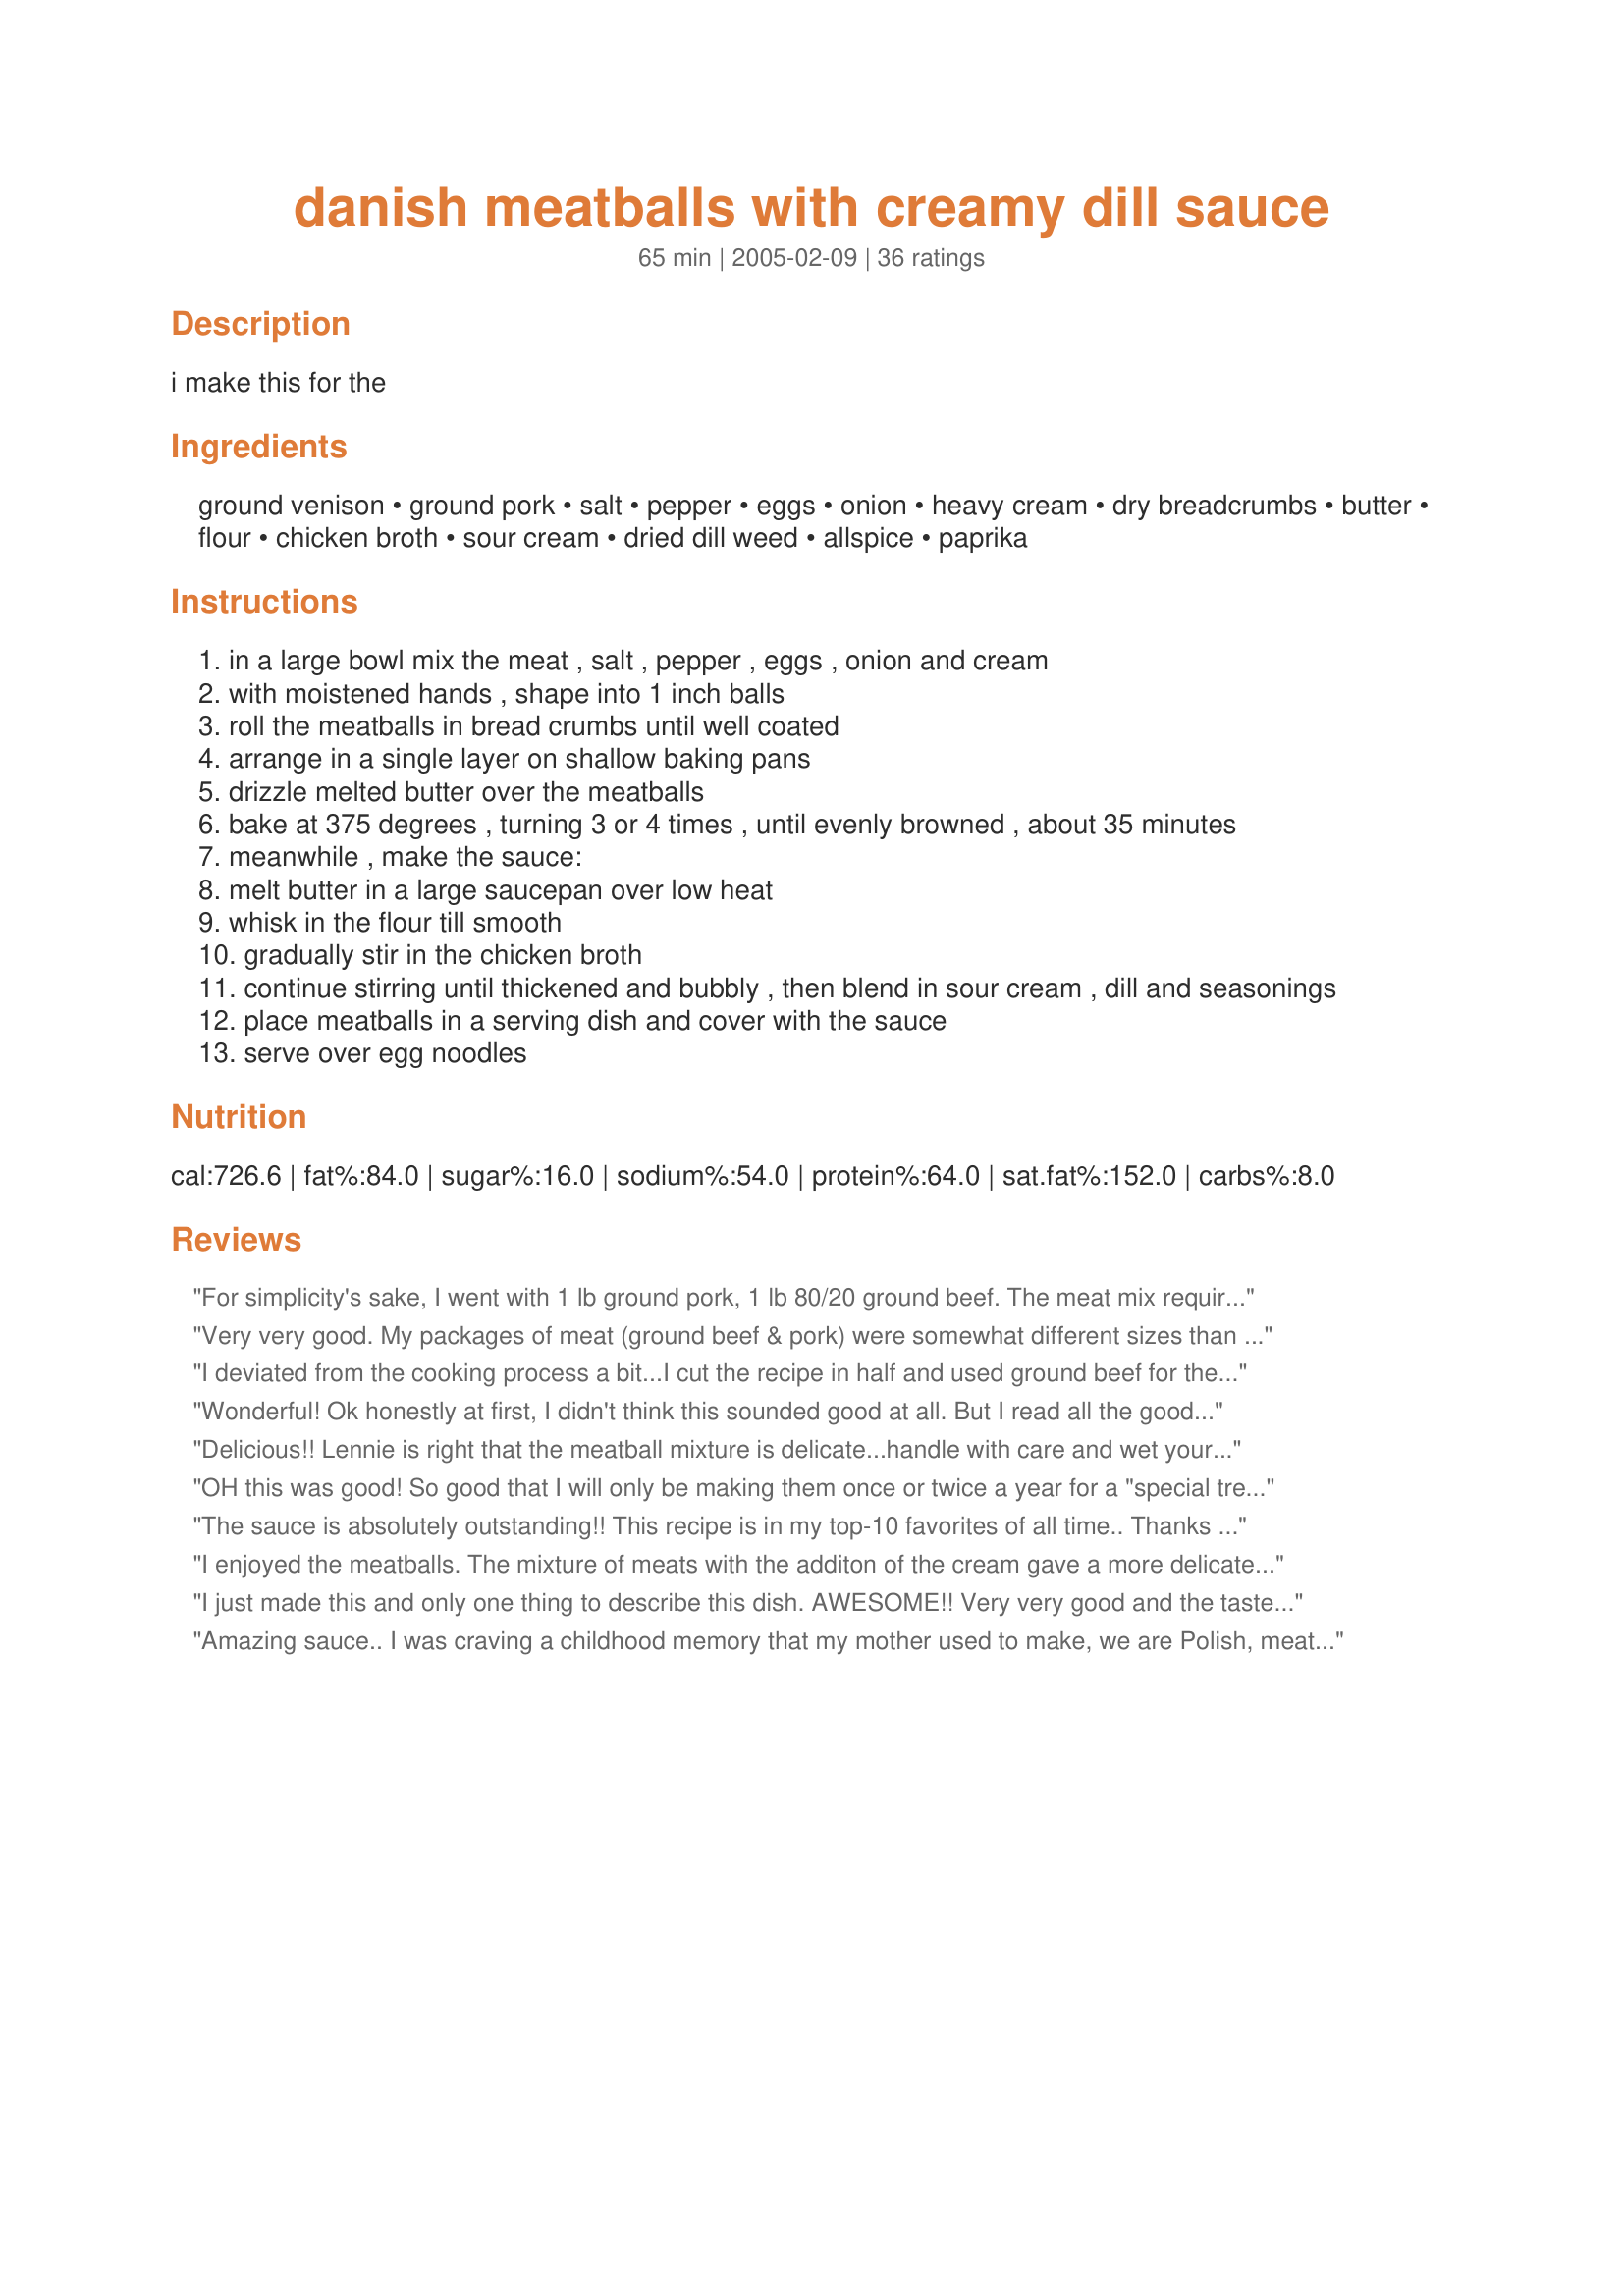
danish meatballs with creamy dill sauce
Preparation time: 65 minutes

i make this for the

Ingredients:
ground venison, ground pork, salt, pepper, eggs, onion, heavy cream, dry breadcrumbs, butter, flour, chicken broth, sour cream, dried dill weed, allspice, paprika

Steps:
in a large bowl mix the meat , salt , pepper , eggs , onion and cream
with moistened hands , shape into 1 inch balls
roll the meatballs in bread crumbs until well coated
arrange in a single layer on shallow baking pans
drizzle melted butter over the meatballs
bake at 375 degrees , turning 3 or 4 times , until evenly browned , about 35 minutes
meanwhile , make the sauce:
melt butter in a large saucepan over low heat
whisk in the flour till smooth
gradually stir in the chicken broth
continue stirring until thickened and bubbly , then blend in sour cream , dill and seasonings
place meatballs in a serving dish and cover with the sauce
serve over egg noodles

Reviews:
For simplicity's sake, I went with 1 lb ground pork, 1 lb 80/20 ground beef. The meat mix requires a light touch, but its SO worth it. When you're making meatballs, let them plop out of your hand into the bread crumbs once you have something resembling a ball. Once the bottom has crumbs, put some on top before touching the meat, its much easier to shape after that. <br/><br/>I used white pepper instead of black but otherwise followed the recipe as specified and it turned out great. Use caution when making your sauce- add ingredients a bit at a time and be patient, especially with your flour and chicken broth. The thickness shouldn't be an issue if done right. :)<br/><br/>This makes a great, moist meatball base and I will be trying the meatball recipe with other meatball dishes to see how it holds up.
Very very good. My packages of meat (ground beef & pork) were somewhat different sizes than the recipe called for. I loosely adjusted the other ingredients and the meatballs turned out wonderfully. The sauce was great too, but I think my dried dill must be stale as they could have used more dill flavor. I'll buy some new dill before I try them again. Thanks for a great recipe.
I deviated from the cooking process a bit...I cut the recipe in half and used ground beef for the meat...Instead of meatballs, I made 4 thick patties and threw 'em in the frying pan...They browned so quickly I was worried they would burn so I dumped in a cup of beef broth and put a lid on and simmered...I happened to have a couple of salmon fillets sittin' in the fridge so I decided to squeeze them into the pan as well...So I ended up with some poached or braised salmon...I did up the sauce a little ahead of time and just re-heated it as the meat was finishing up...Fixed up a baked spud and I was good to go...In my view, this is a gourmet' type meal...Wife also says it's a keeper...
Wonderful! Ok honestly at first, I didn't think this sounded good at all. But I read all the good reviews and I had some Vension I needed to use, so I made this. And I LOVED it!! Hubby loved it too! Chopped it up well for my 13 month old and he ate every bit of it too! I use all venison because we don't eat pork and venison is all i had on hand. I cut the meat mixture in half (and had enough meatballs! about 24), but used the whole sauce recipe and it was perfect! I grated the onions like suggested by another review. I used wondra instead of the flour because i am bad at making sauces and Wondra always turns out perfect! Also I served this over mashed potatoes! YUM! What a treat :) Thanks for this creative recipe. It is also very easy to put together!!
Delicious!! Lennie is right that the meatball mixture is delicate...handle with care and wet your hands when rolling. The cooked meatballs are so tasty..I also love the "crust" from the breadcrumbs. The sauce is special...loved the dill (I used 2 tablespoons fresh dill) and the allspice in the recipe. I served this over farfalle but I'll do the same as Stardustannie next time and serve with lots of mashed potatoes :)
OH this was good! So good that I will only be making them once or twice a year for a "special treat". I used the ground beef in place of venison and served them over Delicious Homemade Egg Noodles. (Recipe #95311). Thank you!
The sauce is absolutely outstanding!! This recipe is in my top-10 favorites of all time.. Thanks so much for posting..
I enjoyed the meatballs. The mixture of meats with the additon of the cream gave a more delicate taste and texture than a traditional meatball. I was a little disappointed in the sauce. Of course seeing how impressed all the other reviewers were, I began to wonder what I had done wrong. I used light sour cream; I think that may have contibuted to the sauce being thin.
I just made this and only one thing to describe this dish. AWESOME!! Very very good and the taste is wonderful change of pace from the ordinary meatballs. WAy to go Kaarin!!!
Amazing sauce.. I was craving a childhood memory that my mother used to make, we are Polish, meatballs in dill sauce. I had already made the meat balls, lean beef, bread crumbs, egg, onion, salt, pepper and garlic and then searched for the sauce online. This one brought it all back YUM YUM YUM... I had to have3 my husband put it away as I would have continued to eat it with a spoon. You know that feeling of nostaglia for something you loved as a kid... this sauce was bang on..
Admittedly, I only loosely followed this recipe, but my variation (from blending several recipes and from using what I had on hand) made for a delicious dish. I used ground turkey and ground turkey sausage, as that&#039;s what I had (and what we prefer). Also, I used seasoned Stove Top Stuffing bread crumbs, and omitted the onion. I browned them in butter in a skillet, as I didn&#039;t have time to bake them. I removed them from the skillet (kept them warm in the oven), added a couple tablespoons of butter and made the sauce using the browned bits left from the meatballs. I used beef broth, instead of chicken. Other than those substitutions, I followed the recipe. The family loved the meal! We are of Danish ancestry and have decided to discover our roots through cooking some traditional meals. We&#039;re calling it Family History Dinner!
My kids are so picky. I&#039;m sure you can imagine my pride, my joy when I found they both ate the entire dinner. My kids are ages two and five. My husband and I both had second helpings and were excited to eat leftovers I will be making this weekly until we&#039;ve used up our Venison.
I'm giving the meatballs 4 stars and the sauce 2 stars. The meat was very moist and seasoned well. They also reheated well for lunch the next day. The sauce on the other hand didn't do much for my family. All I could taste was sour cream and I'm not sure I liked the addition of the allspice. I will however make my meatballs with cream and butter from now on. Very good. Thanks so much.
This is an absolutely wonderful dish. The only change I made was to cut back on the salt, otherwise wouldn't change a thing. The sauce is superb! Thanks for posting this great recipe, Kaarin. I will surely make it again.
WONDERFUL!! I went to a potluck party that was "Scandinavian" in theme and brought this as my dish. It was the hit of the party. The sauce was so good I almost drank it rather than putting it on the meatballs and taking it to the party (OK sick, I know but it was GOOD) I don't even LIKE dill I figured this would be a dish for everyone else to enjoy. The only thing I did different was I had Italian seasoned bread crumbs or Panko (Japanese bread crumbs) since I didnâ€™t want to change the flavor of the sauce or meatballs by using the Italian seasoned bread crumbs I used the Panko. Wow! It worked wonderfully.
Wonderful dish with great dill flavor! The meatballs are delicate, but very delicious! I have to say I preferred the flavor of the sauce (though thin) prior to adding the sour cream and next time will omit the sour cream and simply thicken the sauce. YUM!
Oh yummy yummy! I found this to be a pretty easy recipe. It may not have looked all that pretty in the end, but it tasted FANTASTIC! Also had quite a bit of leftovers, which will hopefully be taken to work by my husband. lol The only thing I changed was to use 1 lb of hamburger and 1 lb of pork, instead of 1 1/2 hamburger and 1/2 lb. pork. Still tasted great. Thanks for this recipe!
Very good- I used ground turkey instead of pork and it worked well. My picky husband even liked it, which only supported my theory that he likes anything fattening! Very good- I am adding it to my collection. Thank you!
I made this for in-laws from Colorado who are big hunters. They were very happy as was I. It is an easy impressive meal served with homemade noodles and lingonberry sauce on the side. Sauce is to die for. Leftovers reheated well. We will make this again-a keeper for a rainy cool autumn night.
These were very good - could be served to company. The only changes I would suggest, cut down on the dill, a little over powering, and if I make again, definitely will halve the recipe next time - fed our family of 4 2 meals. Good.
Husband said to give it 10 stars! Absolutely wonderful. This is a keeper. Thank you so much for the recipe.
We all (3 adults) LOVED this. Like others, I grated the onion. For breadcrumbs, I used Panko, and I used about 2 tbs. fresh dill. Just delicious & recipe truly does make enough for eight. Served this over wide noodles with a side of broccoli (but asparagus would have been even better!) Thanks for this wonderful recipe. Yum!
This is a great recipe. Kaarin's right, they are a bit of work (but once the meatballs are in the oven, the rest is easy), but they are definitely worth the time and effort. The meatball mixture is very delicate, so a light touch is necessary when forming them. I really liked the way the breadcrumb coating gave them a "crust" too. I altered this only slightly -- I omitted the onions, and only poured out 1 cup of dry breadcrumbs for the meatballs' coating. I had LOTS leftover, too (something to keep into consideration if watching carbs, as you don't consume as many as you might think). I also didn't use the full two cups of sour cream, more like 1-1/4 cups. And I served it with rice, as I forgot to buy egg noodles. I really liked the taste of this dish; thanks for posting!
Great venison recipe! Even our very picky 3yo scarfed it down.
Made this based on the previous reviews. Took it to our deer hunting camp where many were skeptical due to their associating "dill" with pickle flavor. That was one huge misconception and all said we should have it next year as well. Thanks for posting!
Without a doubt, this sauce deserves 5 stars! I made the sauce and used it with frozen, pre-cooked swedish meatballs from Ikea. I made a lot so I doubled the recipe, with a few exceptions to make it lighter: 1.5 sticks of butter (not 2), 4 cups chicken broth, 2 cups light sour cream & 1 cup full-fat (not 4 cups regular). I also did not double the dill, taking the advice of another review. This is how I cooked it. The meatballs were pre-cooked, so I just thawed them in the microwave. Then, after cooking the sauce in a saucepan, I put it all together in a crockpot and heated. I served it with lingonberry sauce on the side (cranberry would work too). It was absolutely out of this world. Everyone who tried it raved about it. The next day my husband took a slice of french bead and topped it with a few meatballs and a healthy portion of cream sauce. It was very similar to bisquits and sausage gravy. Fantastic! Will definitely make again.
Oh so good. I made these last night and they were awesome. I loved the dill sauce over the top. Yummy, it made the meal. They were very rich but worth every calorie...lol. I will be making this again, thank you. Stephanie
Great tasting meatballs but the sauce Mmmmm who would have thought. Yummo!! As with all meatball recipes I usually grate the onion instaed of chopping it, I find the meatballs hold together better this way. I cut back on the butter for the sauce and I also used ultra light sour cream...this worked just fine! I figure any calories I can cut back on has to be good.
I served these over egg noodles...next time I'll serve it with good mashed spuds and veg.
This was pretty good, but there is so much fat in it that I probably wouldn't make it again
This recipe deserved 10 stars... 5 for the meatballs and 5 for the sauce. Very good recipe. Thanks.
Really yummy. My whole family liked it! Which is rare thing indeed for a family of seven. Pretty simple, as well.
I made these for a dinner party and overall they got good reviews. I used 2 lbs of lean ground beef instead of the veal/pork mixture.
It took awhile for the sauce to thicken and I found it didn't make quite enough to cover all of the noodles.
It was a good recipe, but I don't think I"ll be making it again due to the high calorie/fat content. Thanks for posting Kaarin!
I actually have my own version of this dish. I&#039;m originally from Romania and my granny and mom used to prepare it quite often during the early autumn.
The difference is in the sauce. You will sautee in cooking oil (we used sunflower seeds oil) but any normal cooking oil you&#039;re used to will do just fine, finely grated young carrots (about 200-300 grams), 2 or three juicy autumn onions (about 100-200 grams). Sauteeing should be done on a medium flame, in a lid covered skillet or caserole. Onion should become almost transparent with a yellow tone and carrots should also be soft. If it suits your taste add some finely chopped bellpeppers. Add about 400 grams of very juicy riped peeled tomatoes, severeal cloves of garlic, freshly minced, salt and pepper to your taste. Continue sauteeing under the lid for about half an hour, stirring it with a wooden spoon from time to time and adding water if it drops too much.
Separately, prepare the minced meat (we used pork and beef just like in your recipe back home) and prepare it just like in your recipe, until the bread crumbs. Instead of that, put some 2l of salted water to boiling. When it&#039;s boiling, put the meat balls you have formed into the water. It should be boiling becaus otherwise the meatball will be destroyed. You can also deepfry them or grill (this one I have not tried, as I never tried baking), When deepfrying roll the meatballs in flour before putting into the heated recipient with cooking oil. Also, you can put them into the sauce which is already simmering. Mince very finely some 5-6 bouquets of GREEN fresh dill (be carefull if your family does like it since it has a STRONG aroma) and the same amount of taragon, when te meatballs are half done. The sauce should be somewhat thinner than normal ketchup (like a thick cream or sour milk) and should be enough to cover the meatballs (the smaller the meat balls the quicker the cooking) however the meatballs should not be smaller than olives. Preferably the size of a smaller plum (about 3 cm in diameter - 1 inch). The trick is that the dill and taragon are not that much cooked so as to lose their flavor. Serve on a dish, a few meatballs, sauce and ADD fresh sour yoghurt or sour cream. It&#039;s slightly more dietetical then the version you present here and it&#039;s totally based on fresh, right from the garden vegetables.
I had some frozen turkey meatballs, and made the sauce. It was wonderful! I didn't have allspice, so I put a pinch each of cloves, cinnamon and nutmeg.
We quite enjoyed this. There are some great tips written into the recipe and reviews and one that I will use often is to mix my ground beef mixture in my kitchenaid, this really combined the mince well. I took the advise of our Aussies and served with lots of mashed potatoe. Thanks for posting.
Everything about this dish is wonderful, but the sauce is fantastic. I had no idea that sour cream, chicken stock, dill and allspice could taste so yummy. I halved the entire recipe and wish I hadn't as I'm craving more ;-) Thanks for posting!
